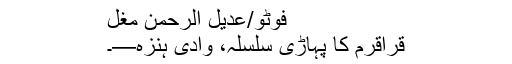
فوٹو/عدیل الرحمٰن مغل
قراقرم کا پہاڑی سلسلہ، وادی ہنزہ—۔